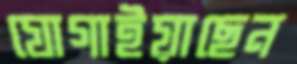
যোগাইয়াছেন